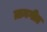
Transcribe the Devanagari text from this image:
ग्रामगीत